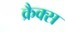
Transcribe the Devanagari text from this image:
क्रैक्‍स